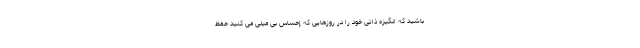
باشید که انگیزه ذاتی خود را در روزهایی که إحساس بی میلی می کنید حفظ